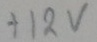
Text: +12V